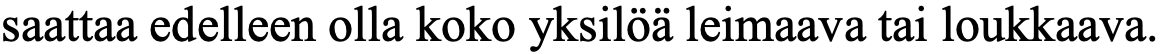
saattaa edelleen olla koko yksilöä leimaava tai loukkaava.